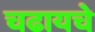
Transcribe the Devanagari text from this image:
चढायचे